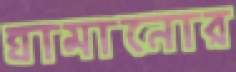
ঘামানোর